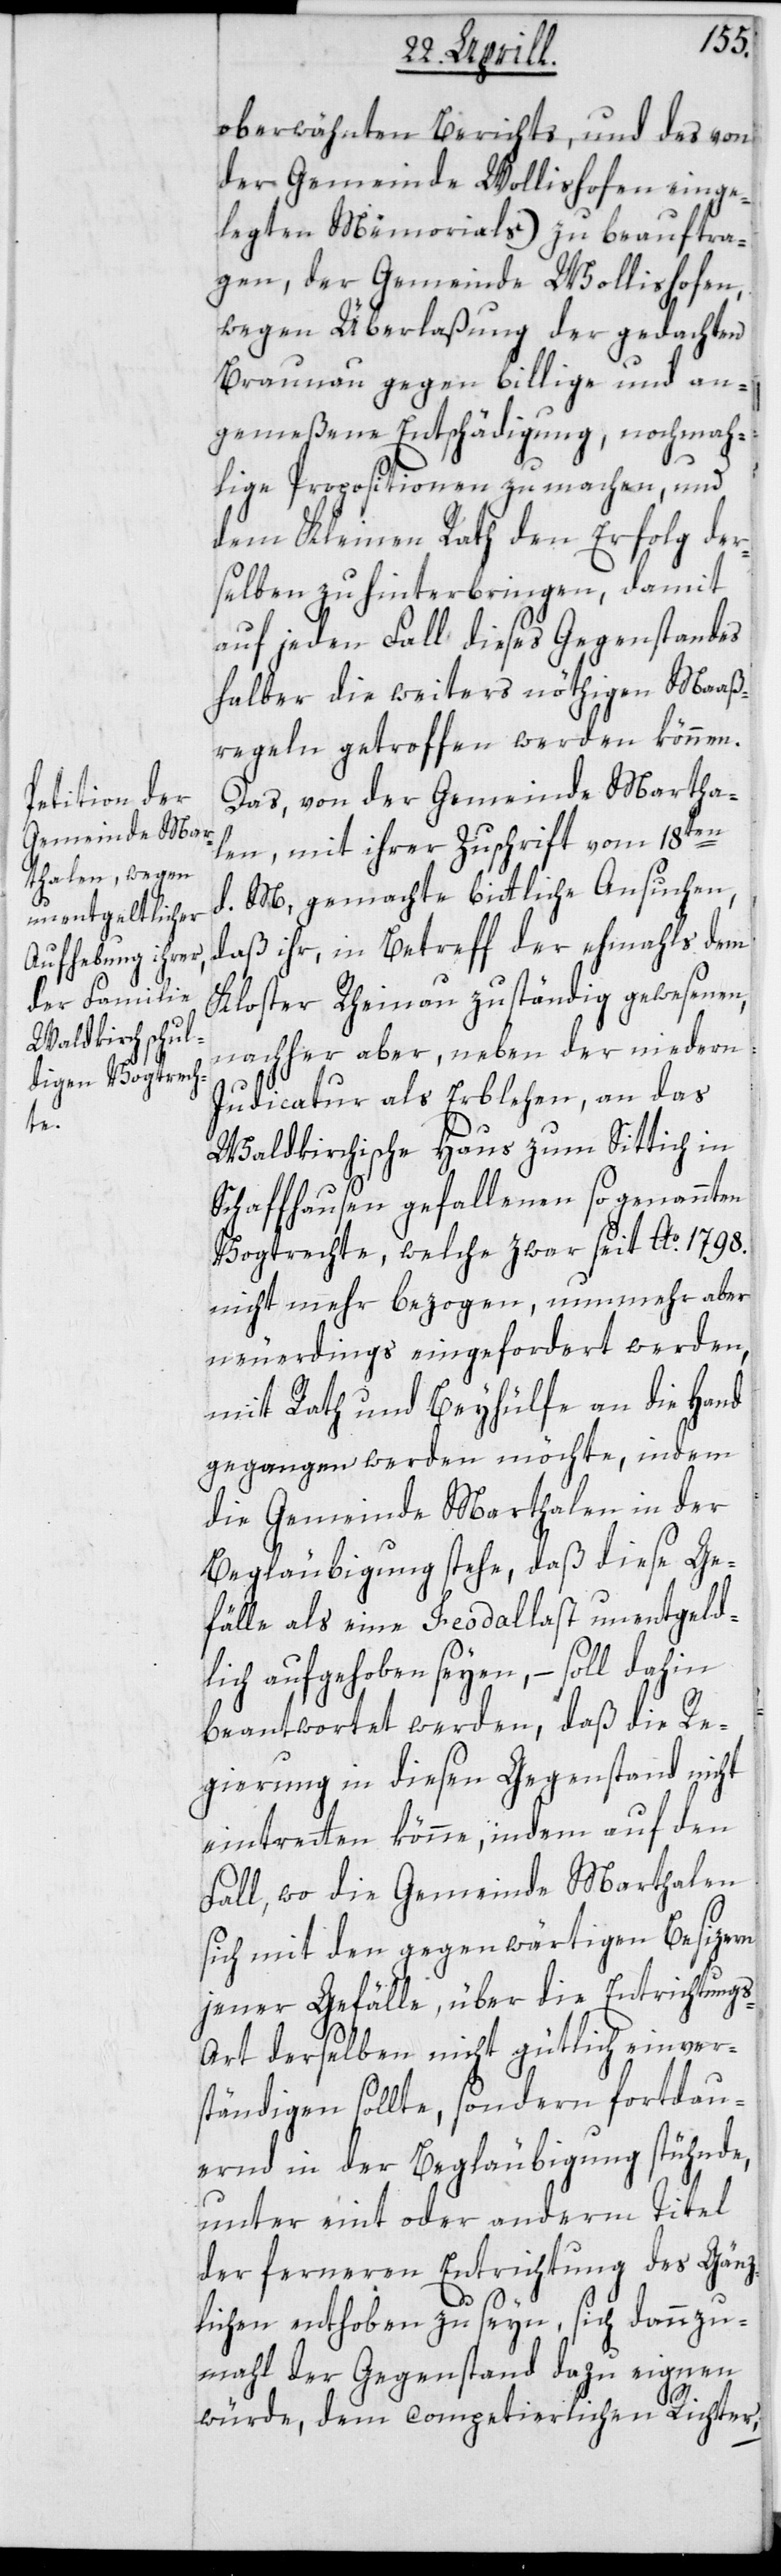
oberwähnten Berichts, und des von
der Gemeinde Wollishofen einge¬
legten Memorials) zu beauftra¬
gen, der Gemeinde Wollishofen,
wegen Überlaßung der gedachten
Braunau gegen billige und an¬
gemeßene Entschädigung, nochmah¬
lige Propositionen zu machen, und
dem Kleinen Rath den Erfolg der¬
selben zu hinterbringen, damit
auf jeden Fall dieses Gegenstandes
halber die weiters nöthigen Maaß¬
regeln getroffen werden können.
Das, von der Gemeinde Martha¬
len, mit ihrer Zuschrift vom 18ten
d. M. gemachte bittliche Ansuchen,
daß ihr, in Betreff der ehmals dem
Kloster Rheinau zuständig gewesenen,
nachher aber neben der niedern
Judicatur als Erblehen, an das
Waldkirchische Haus zum Sittich in
Schaffhausen gefallenen so genannten
Vogtrechte, welche zwar seit Ao. 1798.
nicht mehr bezogen, nunmehr aber
neuerdings eingefordert werden,
mit Rath und Beyhülfe an die Hand
gegangen werden möchte, indem
die Gemeinde Marthalen in der
Beglaubigung stehe, daß diese Ge¬
fälle als eine Feodallast unentgeld¬
lich aufgehoben seyen, – soll dahin
beantwortet werden, daß die Re¬
gierung in diesen Gegenstand nicht
eintretten könne, indem auf den
Fall, wo die Gemeinde Marthalen
sich mit den gegenwärtigen Besizern
jener Gefälle über die Entrichtung¬
s-Art derselben nicht gütlich einver¬
ständigen sollte, sondern fortdau¬
ernd in der Begläubigung stühnde,
unter eint oder anderm Titel
der ferneren Entrichtung des Gänz¬
lichen enthoben zu seyn, sich dannzu¬
mahl der Gegenstand dazu eignen
würde, dem competierlichen Richter,